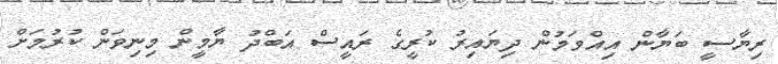
ރިޔާސީ ބަޔާން އިއްވަމުން ދިޔައިރު ކުރީގެ ރައީސް އަބްދު ޔާމީން މިނިވަން ކުރުމަށް